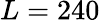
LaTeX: L=240